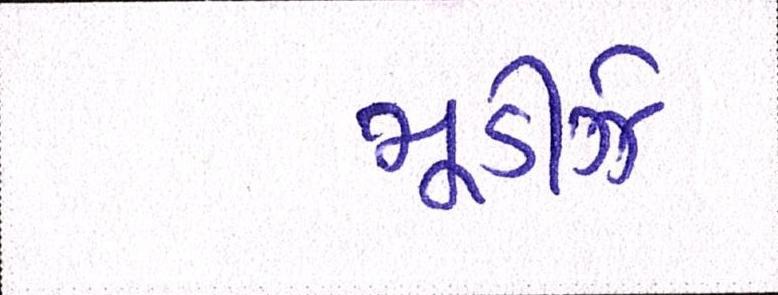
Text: મૂડીઝે